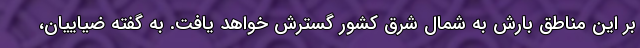
بر این مناطق بارش به شمال شرق کشور گسترش خواهد یافت. به گفته ضیاییان،